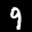
Label: 9